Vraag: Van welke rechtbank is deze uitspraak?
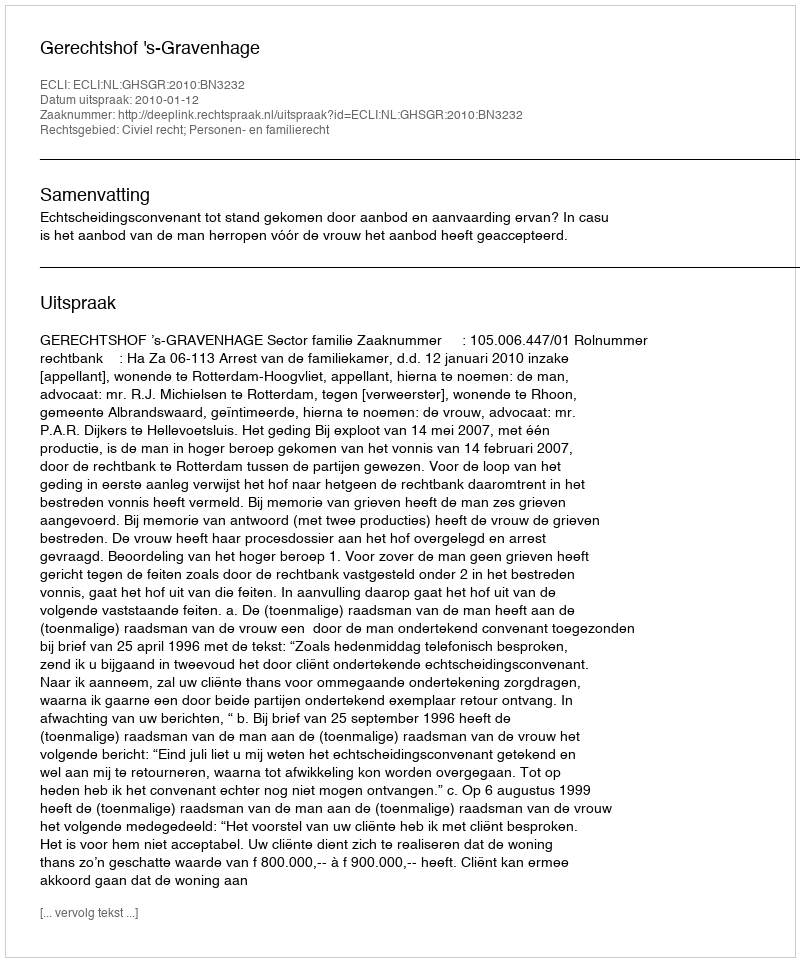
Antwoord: Gerechtshof 's-Gravenhage